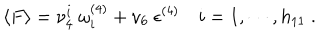
\langle F \rangle = \nu _ { 4 } ^ { i } \ \omega _ { i } ^ { ( 4 ) } + \nu _ { 6 } \ { \epsilon } ^ { ( 4 ) } \quad i = 1 , \cdots , h _ { 1 1 } \ .